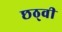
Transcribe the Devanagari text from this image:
छठ्वी